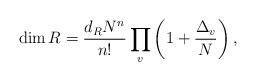
LaTeX: \begin{align*}\dim R = {d_R N^n \over n!} \prod_{v} \left( 1+{\Delta_v \over N}\right) , \end{align*}